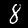
Digit: 8